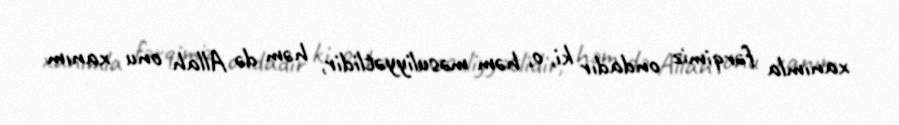
xanımla fərqimiz ondadır ki, o, həm məsuliyyətlidir, həm də Allah onu xanım